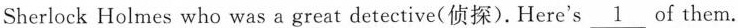
Sherlock Holmes who was a great detective(侦探).Here's\underline{1}of them.